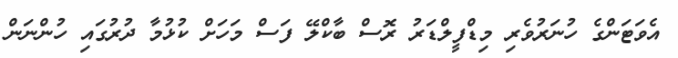
އެވަޓަންގެ ހުނަރުވެރި މިޑްފީލްޑަރު ރޮސް ބާކްލޭ ފަސް މަހަށް ކުޅުމާ ދުރުގައި ހުންނަން